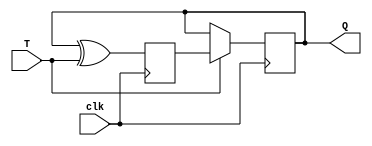
module TFF (
    input wire T,
    input wire clk,
    output reg Q
);

reg D;

always @(posedge clk) begin
    D <= Q ^ T;
end

always @(posedge clk) begin
    if(T) begin
        Q <= D;
    end
end

endmodule